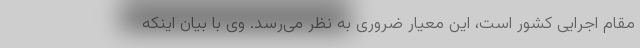
مقام اجرایی کشور است، این معیار ضروری به نظر می‌رسد. وی با بیان اینکه